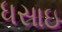
ધસાઇ